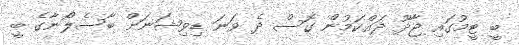
ބީ ޓީމުގައި ޖާދޫ ދައްކަމުން ގޮސް ދެ ވަނަ ޑިވިޝަނަށް ބާސެލޯނާގެ ބީ